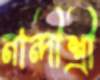
নান্দীশ্রী